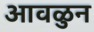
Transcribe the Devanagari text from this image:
आवळुन